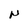
Character: N